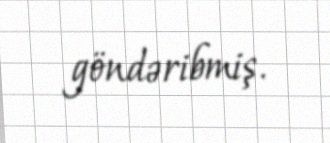
göndəribmiş.